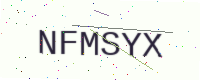
Text: NFMSYX